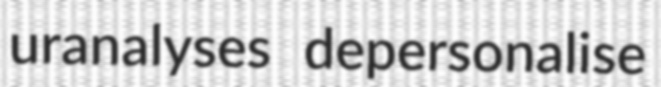
uranalyses depersonalise